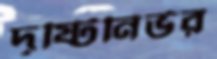
দৃষ্টিনির্ভর